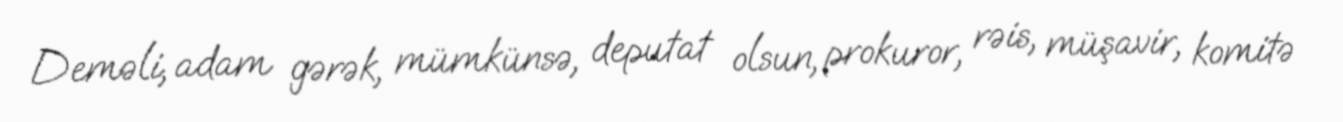
Deməli, adam gərək, mümkünsə, deputat olsun, prokuror, rəis, müşavir, komitə